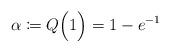
LaTeX: \begin{align*}\alpha\coloneqq Q \Big(1\Big)=1-e^{-1}\end{align*}